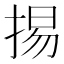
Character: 掦